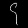
Digit: ၄